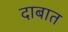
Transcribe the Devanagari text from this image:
दाबात